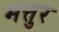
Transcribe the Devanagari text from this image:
मत्तुर